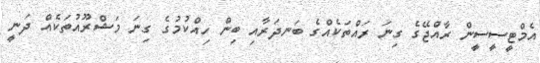
އެމްޓީސީސީން ރާއްޖޭގެ ގިނަ ރައްތަކެއްގެ ބަނދަރާއި ބިން ހިއްކުމުގެ ގިނަ މަޝްރޫއުތަކެއް ދަނީ